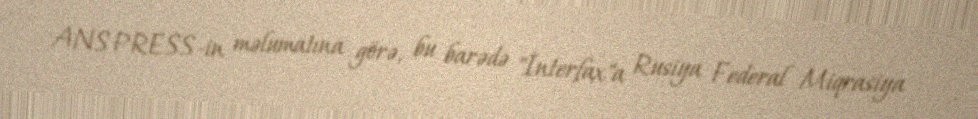
ANS PRESS-in məlumatına görə, bu barədə "İnterfax"a Rusiya Federal Miqrasiya